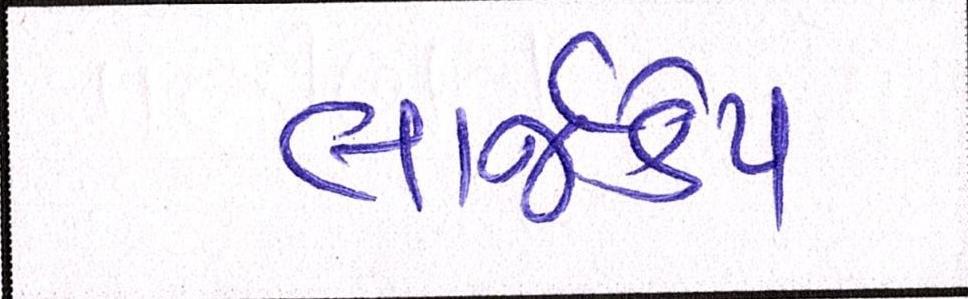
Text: લાર્જકેપ